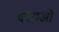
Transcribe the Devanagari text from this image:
वसाओ